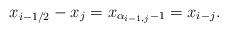
LaTeX: \begin{align*}x_{i- 1/2}-x_j=x_{\alpha_{i-1,j}-1} =x_{i-j}. \end{align*}